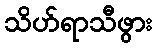
သိဟ်ရာသီဖွား